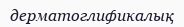
дерматоглификалық